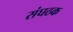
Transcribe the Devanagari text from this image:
संघठक